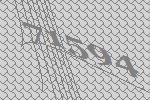
71594